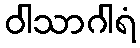
ဝါသာဂါရံ